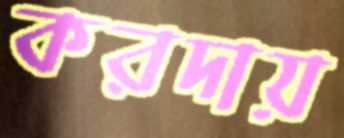
করদায়